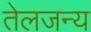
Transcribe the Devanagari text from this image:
तेलजन्य